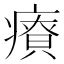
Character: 𤺂